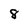
Character: 8